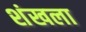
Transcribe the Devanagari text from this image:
शंखला